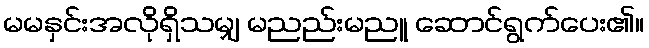
မမနှင်းအလိုရှိသမျှ မညည်းမညူ ဆောင်ရွက်ပေး၏။